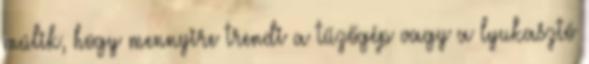
múlik, hogy mennyire trendi a tűzőgép vagy a lyukasztó